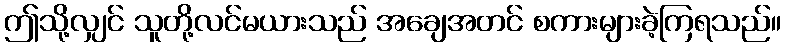
ဤသို့လျှင် သူတို့လင်မယားသည် အချေအတင် စကားများခဲ့ကြရသည်။